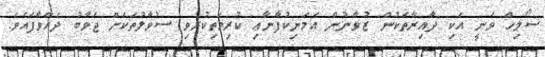
ސޯލިހް ވަނީ އެކި ދާއިރާތަކުން ޒުވާނުން އެމަނިކުފާނާޢި ކުރިމަތިކުރުވި ސުވާލުތަކަށް ޖަވާބު ދެއްވާފައެވެ.